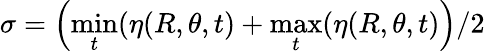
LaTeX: \sigma=\left(\operatorname*{min}_{t}(\eta(R,\theta,t)+\operatorname*{max}_{t}(\eta(R,\theta,t)\right)/2